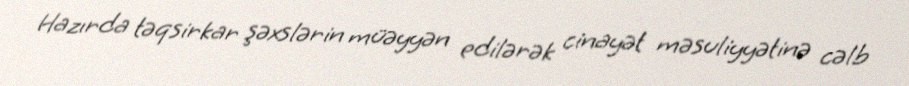
Hazırda təqsirkar şəxslərin müəyyən edilərək cinayət məsuliyyətinə cəlb